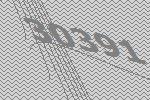
30391